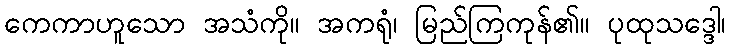
ကေကာဟူသော အသံကို။ အကရုံ၊ မြည်ကြကုန်၏။ ပုထုသဒ္ဒေါ၊